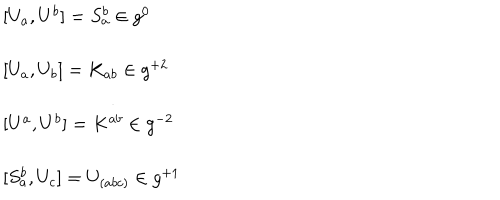
LaTeX: \begin{array} { l } { { { [ } U _ { a } , U ^ { b } { ] } = S _ { a } ^ { b } \in g ^ { 0 } } } \\ { { \ } } \\ { { { [ } U _ { a } , U _ { b } { ] } = K _ { a b } \in g ^ { + 2 } } } \\ { { \ } } \\ { { { [ } U ^ { a } , U ^ { b } { ] } = K ^ { a b } \in g ^ { - 2 } } } \\ { { \ } } \\ { { { [ } S _ { a } ^ { b } , U _ { c } { ] } = U _ { ( a b c ) } \in g ^ { + 1 } } } \\ \end{array}